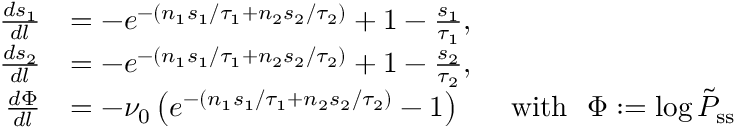
\begin{array} { r l } { \frac { d s _ { 1 } } { d l } } & { = - e ^ { - ( n _ { 1 } s _ { 1 } / \tau _ { 1 } + n _ { 2 } s _ { 2 } / \tau _ { 2 } ) } + 1 - \frac { s _ { 1 } } { \tau _ { 1 } } , } \\ { \frac { d s _ { 2 } } { d l } } & { = - e ^ { - ( n _ { 1 } s _ { 1 } / \tau _ { 1 } + n _ { 2 } s _ { 2 } / \tau _ { 2 } ) } + 1 - \frac { s _ { 2 } } { \tau _ { 2 } } , } \\ { \frac { d \Phi } { d l } } & { = - \nu _ { 0 } \left( e ^ { - ( n _ { 1 } s _ { 1 } / \tau _ { 1 } + n _ { 2 } s _ { 2 } / \tau _ { 2 } ) } - 1 \right) ~ ~ ~ ~ ~ \mathrm { w i t h } ~ ~ \Phi : = \log \tilde { P } _ { \mathrm { s s } } } \end{array}